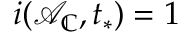
i ( \mathcal { A } _ { \mathbb { C } } , t _ { * } ) = 1